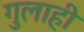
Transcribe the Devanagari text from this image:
गुलाही